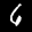
Label: 6